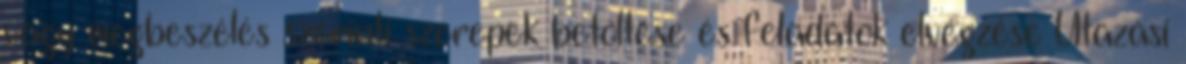
vagy megbeszélés szerinti szerepek betöltése és feladatok elvégzése Utazási